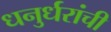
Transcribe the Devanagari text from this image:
धनुर्धरांची